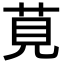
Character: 莧